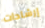
إرشادات